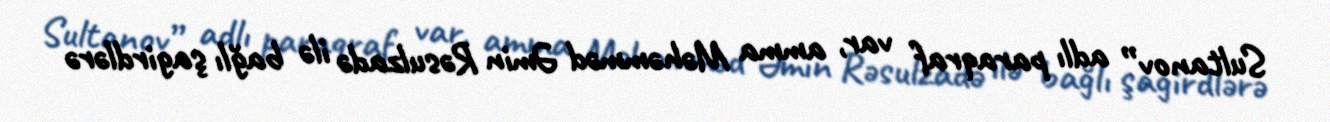
Sultanov” adlı paraqraf var, amma Məhəmməd Əmin Rəsulzadə ilə bağlı şagirdlərə